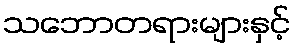
သဘောတရားများနှင့်